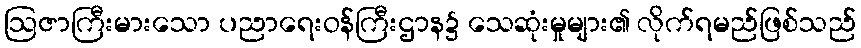
ဩဇာကြီးမားသော ပညာရေးဝန်ကြီးဌာန၌ သေဆုံးမှုများ၏ လိုက်ရမည်ဖြစ်သည်